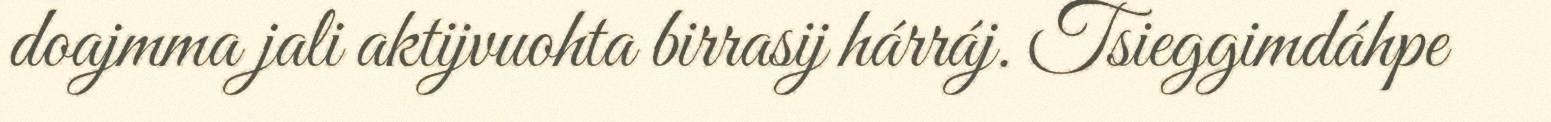
doajmma jali aktijvuohta birrasij hárráj. Tsieggimdáhpe